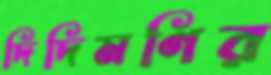
দিদিমণির